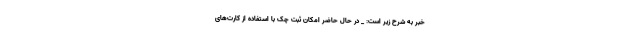
خبر به شرح زیر است: _ در حال حاضر امکان ثبت چک با استفاده از کارت‌های